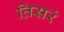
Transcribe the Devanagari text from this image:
तिसरं